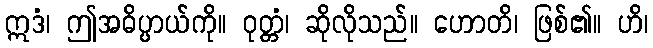
ဣဒံ၊ ဤအဓိပ္ပာယ်ကို။ ဝုတ္တံ၊ ဆိုလိုသည်။ ဟောတိ၊ ဖြစ်၏။ ဟိ၊